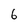
Character: 6